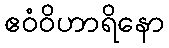
ဧဝံဝိဟာရိနော